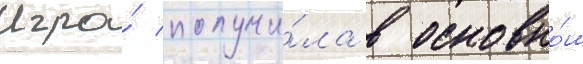
Игра́ получи́ла в основно́м